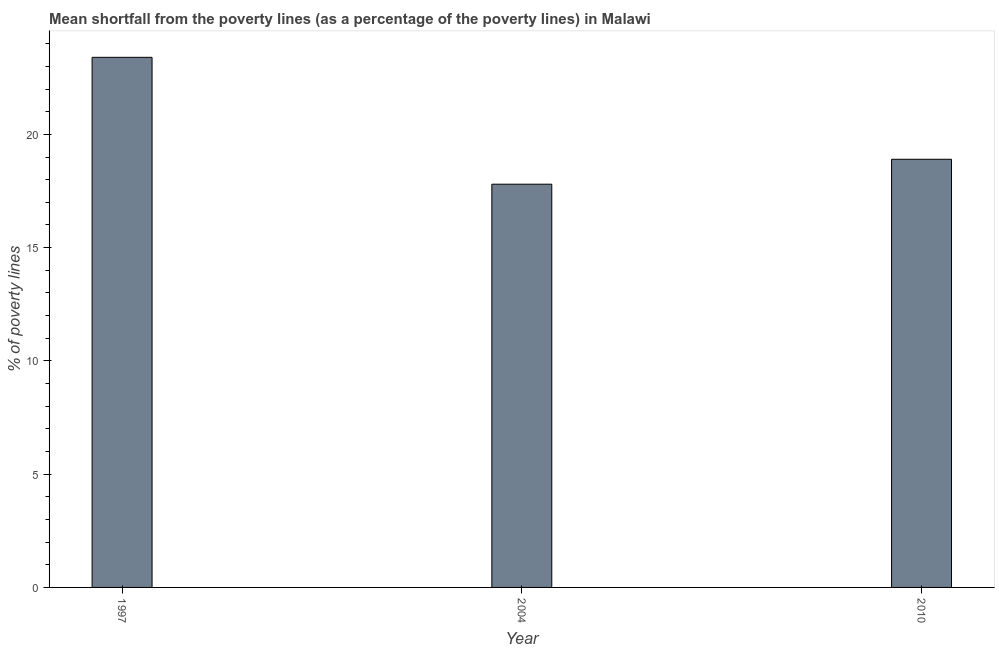
| Year | Poverty gap at national poverty lines |
 | --- | --- |
 | 1997 | 23.4 |
 | 2004 | 17.8 |
 | 2010 | 18.9 |